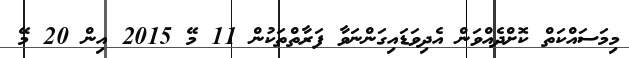
މިމަސައްކަތް ކޮށްދެއްވަން އެދިވަޑައިގަންނަވާ ފަރާތްތަކުން 11 މޭ 2015 އިން 20 މޭ